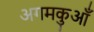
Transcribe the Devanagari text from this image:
अगमकुआँ